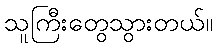
သူကြီးတွေသွားတယ်။